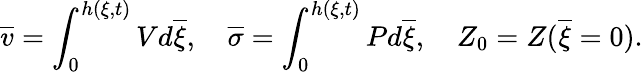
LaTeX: \overline{{v}}=\int_{0}^{h(\xi,t)}Vd\overline{{\xi}},\quad\overline{{\sigma}}=\int_{0}^{h(\xi,t)}Pd\overline{{\xi}},\quad Z_{0}=Z(\overline{{\xi}}=0).